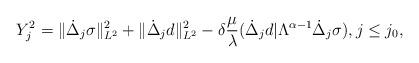
LaTeX: \begin{align*} Y_j^2 = \Vert \dot{\Delta}_j \sigma\Vert^2_{L^2}+ \Vert \dot{\Delta}_j d\Vert^2_{L^2} - \delta \frac{\mu}{\lambda} (\dot{\Delta}_j d | \Lambda^{\alpha-1} \dot{\Delta}_j \sigma),j\leq j_0,\end{align*}